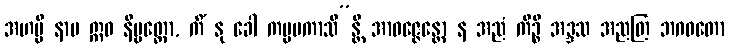
အဟမ္ပိ နာမ ဣဓ နိဗ္ဗတ္တော, ကိံ နု ခေါ ကမ္မမကာသိ”န္တိ အာဝဇ္ဇေန္တော န အညံ ကိဉ္စိ အဒ္ဒသ အညတြ ဘဂဝတော